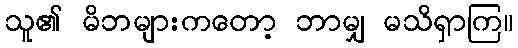
သူ၏ မိဘများကတော့ ဘာမျှ မသိရှာကြ။